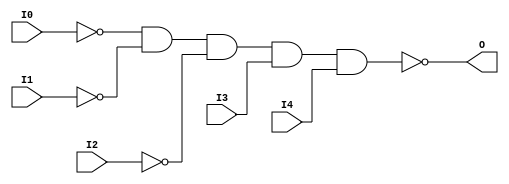

/*

FUNCTION	: 5-INPUT NAND GATE

*/

`timescale  100 ps / 10 ps

`celldefine

module NAND5B3 (O, I0, I1, I2, I3, I4);


    output O;

    input  I0, I1, I2, I3, I4;

    not N2 (i2_inv, I2);
    not N1 (i1_inv, I1);
    not N0 (i0_inv, I0);
    nand A1 (O, i0_inv, i1_inv, i2_inv, I3, I4);

    specify
	(I0 *> O) = (0, 0);
	(I1 *> O) = (0, 0);
	(I2 *> O) = (0, 0);
	(I3 *> O) = (0, 0);
	(I4 *> O) = (0, 0);
    endspecify

endmodule

`endcelldefine